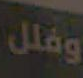
وفلل